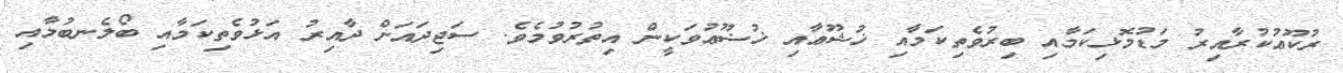
ރުކޫޢުކުރާއިރު މަޑުމޮޅިކަމާއި ބިރުވެތިކަމާއި ޚުޝޫޢާއި ޚުޟޫޢުވަކީން އިތުރުވުމެވެ. ސަޖިދައަށް ދާއިރު އަޅުވެތިކަމާއި ބޯލެނބުމާއި